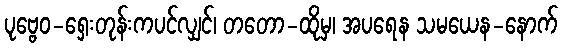
ပုဗ္ဗေဝ-ရှေးတုန်းကပင်လျှင်၊ တတော-ထိုမှ၊ အပရေန သမယေန-နောက်